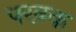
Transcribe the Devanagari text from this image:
फ्ख्ग्क